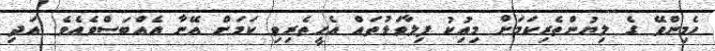
ހެމިންވޭ ގެ ލިޔުންތެރިކަމަށް މިއުިކު ފިލާވަޅުތައް އެހީތެރިވި ކަމަށް އޭނާ އެއްބަސްވެއެވެ. އަދި